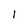
Character: 1